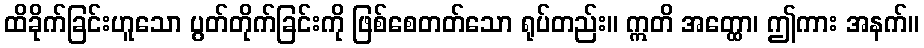
ထိခိုက်ခြင်းဟူသော ပွတ်တိုက်ခြင်းကို ဖြစ်စေတတ်သော ရုပ်တည်း။ ဣတိ အတ္ထော၊ ဤကား အနက်။